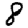
Digit: 8